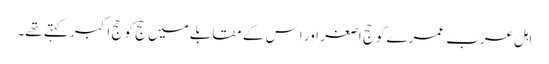
اہل عرب عمرے کو حج اصغر اور اِس کے مقابلے میں حج کو حج اکبر کہتے تھے۔